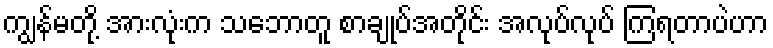
ကျွန်မတို့ အားလုံးက သဘောတူ စာချုပ်အတိုင်း အလုပ်လုပ် ကြရတာပဲဟာ